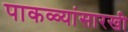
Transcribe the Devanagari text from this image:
पाकळ्यांसारखी